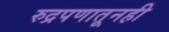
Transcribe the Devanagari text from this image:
रुद्रपणातूनही